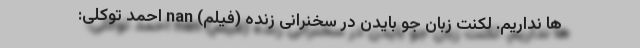
ها نداریم. لکنت زبان جو بایدن در سخنرانی زنده (فیلم) nan احمد توکلی: